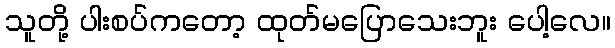
သူတို့ ပါးစပ်ကတော့ ထုတ်မပြောသေးဘူး ပေါ့လေ။